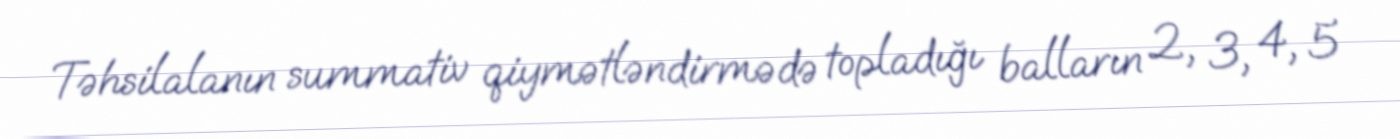
Təhsilalanın summativ qiymətləndirmədə topladığı balların 2, 3, 4, 5